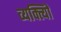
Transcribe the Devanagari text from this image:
व्यक्त्याेिं